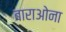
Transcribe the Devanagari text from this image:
बाराओना